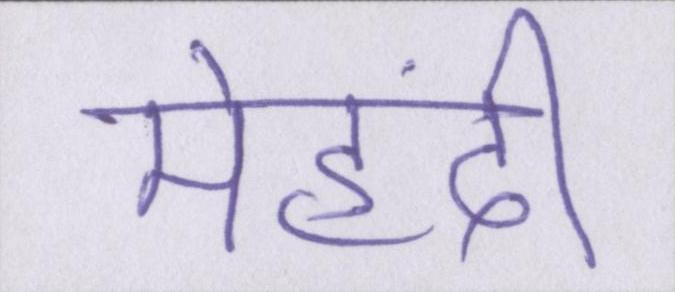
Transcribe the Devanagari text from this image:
मेहंदी